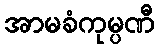
အာမခံကုမ္ပဏီ